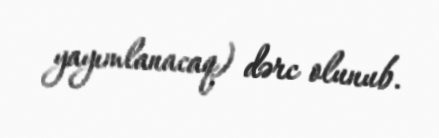
yayımlanacaq) dərc olunub.